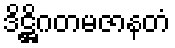
ဒိဋ္ဌိဂတမဇာနတံ